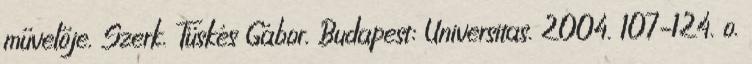
művelője. Szerk. Tüskés Gábor. Budapest: Universitas. 2004. 107–124. o.